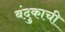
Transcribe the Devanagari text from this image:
बंदुकाची